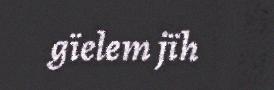
gïelem jïh